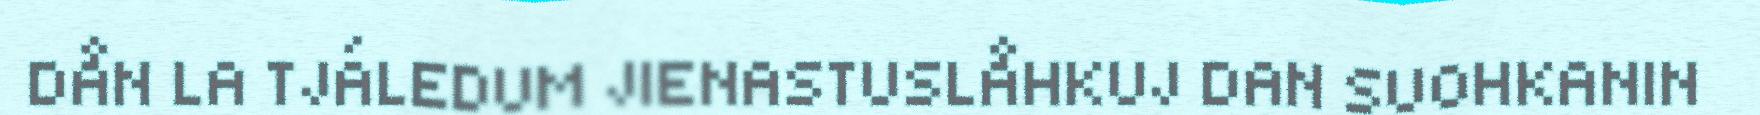
DÅN LA TJÁLEDUM JIENASTUSLÅHKUJ DAN SUOHKANIN